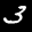
Label: 3